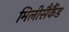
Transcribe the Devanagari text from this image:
मिलीसैकैंड